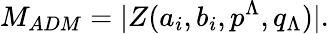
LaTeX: M_{ADM}=|Z(a_{i},b_{i},p^{\Lambda},q_{\Lambda})|.